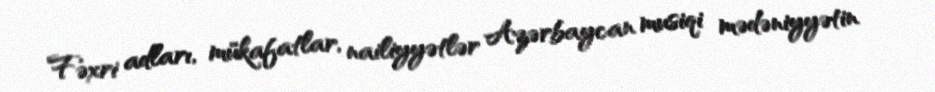
Fəxri adları, mükafatlar, nailiyyətlər Azərbaycan musiqi mədəniyyətin